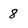
Character: 8